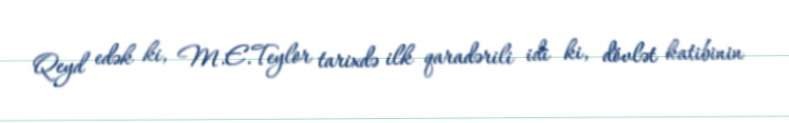
Qeyd edək ki, M.E.Teylor tarixdə ilk qaradərili idi ki, dövlət katibinin